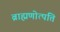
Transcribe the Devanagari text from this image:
ब्राह्मणोत्पत्ति